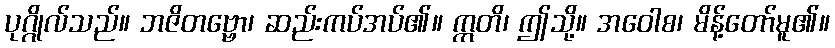
ပုဂ္ဂိုလ်သည်။ ဘဇိတဗ္ဗော၊ ဆည်းကပ်အပ်၏။ ဣတိ၊ ဤသို့။ အဝေါစ၊ မိန့်တော်မူ၏။